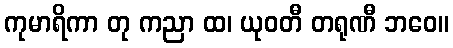
ကုမာရိကာ တု ကညာ ထ၊ ယုဝတီ တရုဏီ ဘဝေ။